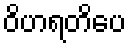
ဝိဟရတိပေ